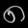
Digit: ၈